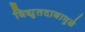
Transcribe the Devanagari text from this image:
विद्युतदाबामुळे